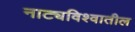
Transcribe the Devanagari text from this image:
नाट्यविश्वातील